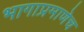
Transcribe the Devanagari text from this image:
भागाप्रमाणेच